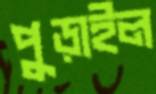
পুড়াইল